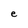
Character: e